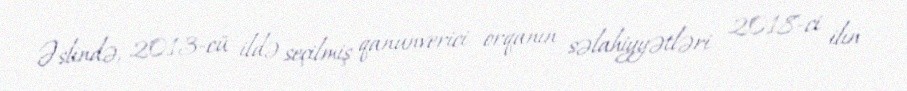
Əslində, 2013-cü ildə seçilmiş qanunverici orqanın səlahiyyətləri 2018-ci ilin